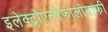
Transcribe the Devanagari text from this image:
इलेक्ट्रोएन्सेफालोग्राफी